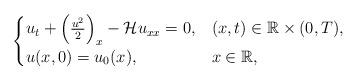
LaTeX: \begin{align*}\begin{cases}u_{t}+\left(\frac{u^2}{2}\right)_{x}-\mathcal{H}u_{xx} = 0, & (x,t) \in \mathbb{R} \times (0, T), \\u(x,0) = u_{0}(x), & x \in \mathbb{R},\end{cases}\end{align*}